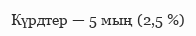
Күрдтер — 5 мың (2,5 %)